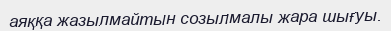
аяққа жазылмайтын созылмалы жара шығуы.